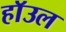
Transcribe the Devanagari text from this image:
हाॅउल